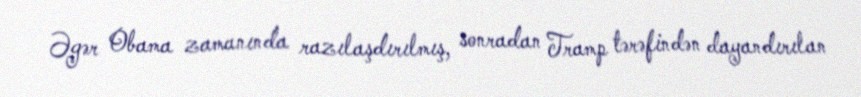
Əgər Obama zamanında razılaşdırılmış, sonradan Tramp tərəfindən dayandırılan